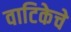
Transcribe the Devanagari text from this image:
वाटिकेचे